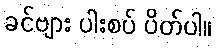
ခင်ဗျား ပါးစပ် ပိတ်ပါ။